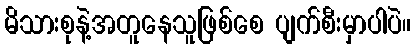
မိသားစုနဲ့အတူနေသူဖြစ်စေ ပျက်စီးမှာပါပဲ။